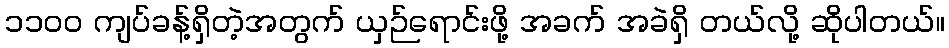
၁၁၀၀ ကျပ်ခန့်ရှိတဲ့အတွက် ယှဉ်ရောင်းဖို့ အခက် အခဲရှိ တယ်လို့ ဆိုပါတယ်။